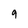
Character: 9